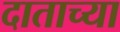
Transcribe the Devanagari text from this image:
दाताच्या